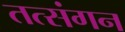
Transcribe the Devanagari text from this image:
तत्संगन